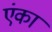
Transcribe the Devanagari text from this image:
एंका